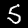
Digit: 5